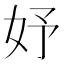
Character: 妤